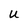
Character: U